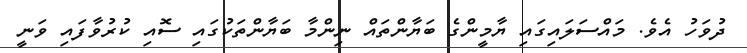
ދުވަހު އެވެ. މައްސަލައިގައި ޔާމީންގެ ބަޔާންތައް ނިންމާ ބަޔާންތަކުގައި ސޮއި ކުރުވާފައި ވަނީ